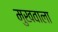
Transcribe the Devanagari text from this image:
मुखवाला